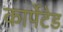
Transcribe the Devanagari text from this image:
कार्पेटेड